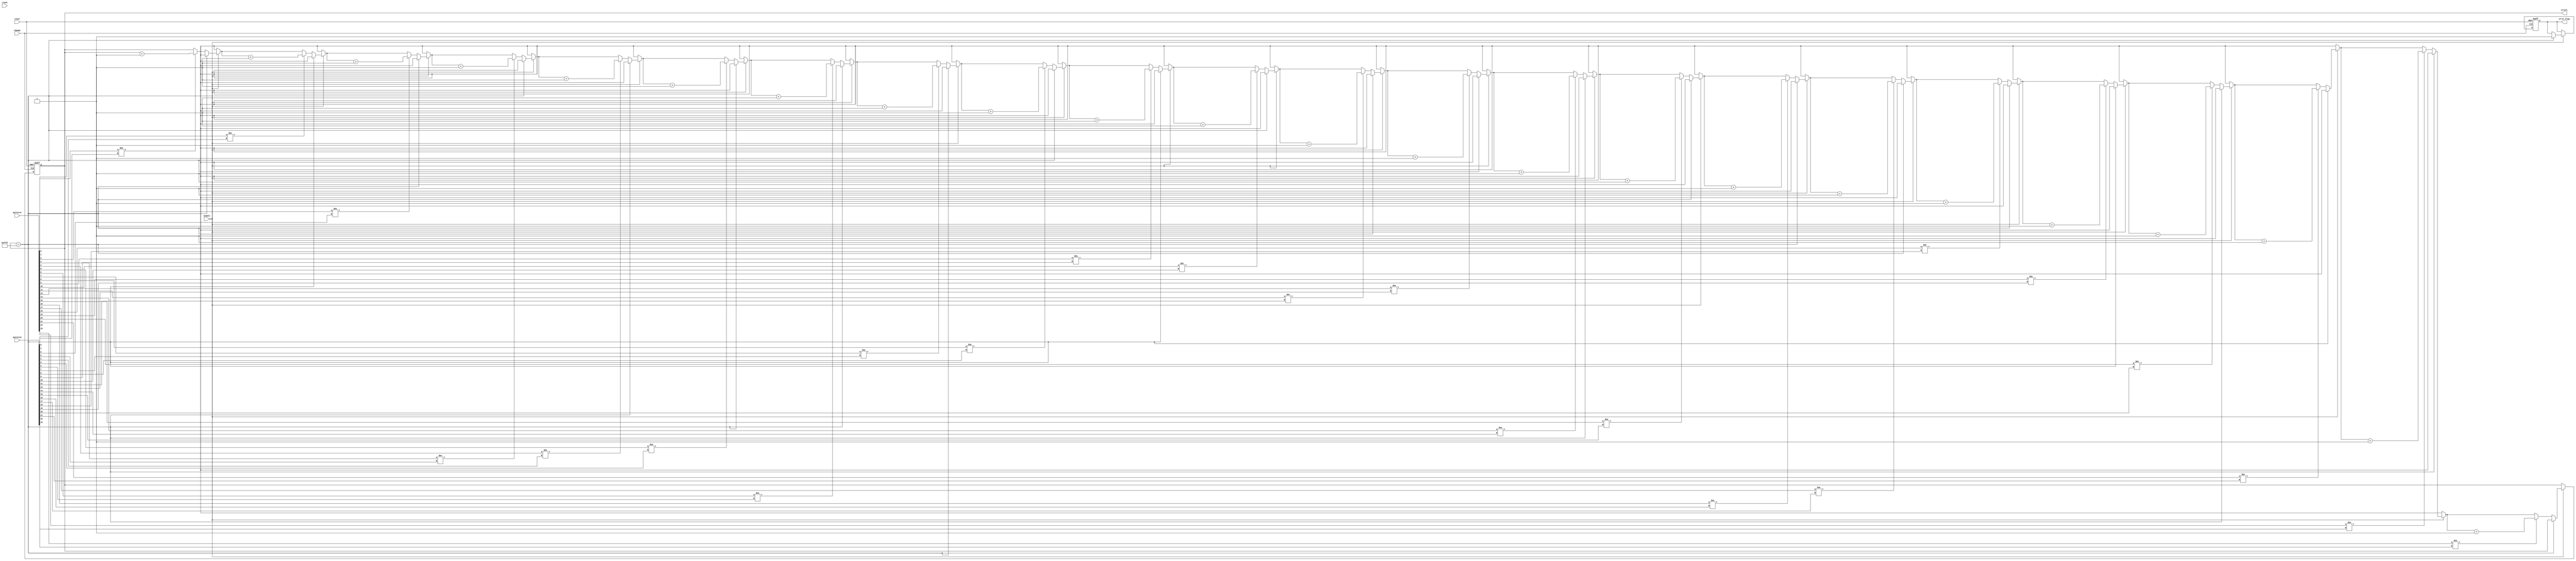
module error_counter(
input [23:0] pattern1,
input [23:0] pattern2,
input clock,
input reset,
input enable,		//enabled by the tx enable
input change,
output reg [15:0] errors,		// number of errors
output reg error_flag	//is set when errorcount is full
);


always @ (posedge change or posedge reset)
	begin
		if(reset)
			begin
				errors [15:0] = 16'b0;
				error_flag = 1'b0;
			end	
				else if (enable)
					begin
					 // because then the display shows FFFF when 2 edges later
						if(errors[15:0] == 16'b1-2'b10)
							begin
								error_flag = 1'b1;
							end	
						else
							begin 
								if (pattern1[0] != pattern2[0])
									errors[15:0] = errors[15:0] + 1'b1;
								
								if (pattern1[1] != pattern2[1])
									errors[15:0] = errors[15:0] + 1'b1;
								
								if (pattern1[2] != pattern2[2])
									errors[15:0] = errors[15:0] + 1'b1;
								
								if (pattern1[3] != pattern2[3])
									errors[15:0] = errors[15:0] + 1'b1;
									
								if (pattern1[4] != pattern2[4])
									errors[15:0] = errors[15:0] + 1'b1;
									
								if (pattern1[5] != pattern2[5])
									errors[15:0] = errors[15:0] + 1'b1;
									
								if (pattern1[6] != pattern2[6])
									errors[15:0] = errors[15:0] + 1'b1;
									
								if (pattern1[7] != pattern2[7])
									errors[15:0] = errors[15:0] + 1'b1;
								
								if (pattern1[8] != pattern2[8])
									errors[15:0] = errors[15:0] + 1'b1;
								
								if (pattern1[9] != pattern2[9])
									errors[15:0] = errors[15:0] + 1'b1;
								
								if (pattern1[10] != pattern2[10])
									errors[15:0] = errors[15:0] + 1'b1;
								
								if (pattern1[11] != pattern2[11])
									errors[15:0] = errors[15:0] + 1'b1;
									
								if (pattern1[12] != pattern2[12])
									errors[15:0] = errors[15:0] + 1'b1;
									
								if (pattern1[13] != pattern2[14])
									errors[15:0] = errors[15:0] + 1'b1;
									
								if (pattern1[15] != pattern2[15])
									errors[15:0] = errors[15:0] + 1'b1;
									
								if (pattern1[16] != pattern2[16])
									errors[15:0] = errors[15:0] + 1'b1;
								
								if (pattern1[17] != pattern2[17])
									errors[15:0] = errors[15:0] + 1'b1;
								
								if (pattern1[18] != pattern2[18])
									errors[15:0] = errors[15:0] + 1'b1;
								
								if (pattern1[19] != pattern2[19])
									errors[15:0] = errors[15:0] + 1'b1;
								
								if (pattern1[20] != pattern2[20])
									errors[15:0] = errors[15:0] + 1'b1;
									
								if (pattern1[21] != pattern2[21])
									errors[15:0] = errors[15:0] + 1'b1;
									
								if (pattern1[22] != pattern2[22])
									errors[15:0] = errors[15:0] + 1'b1;
									
								if (pattern1[23] != pattern2[23])
									errors[15:0] = errors[15:0] + 1'b1;

							end
					end
end

endmodule